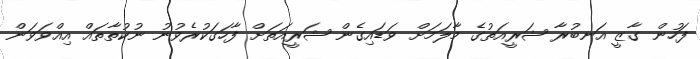
ފަހުން ގާޒީ އަނބުރާ ޝަރީއަތުގެ މާލަމަށް ވަޑައިގެން ޝަރީއަތަށް ފާހަގަކުރެވުނު ނުކުތާތައް އިއްވަވަން